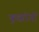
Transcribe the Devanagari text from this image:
कुष्ठरोगों